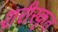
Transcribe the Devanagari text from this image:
शरीरकृत